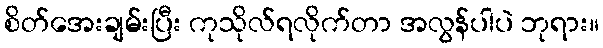
စိတ်အေးချမ်းပြီး ကုသိုလ်ရလိုက်တာ အလွန်ပါပဲ ဘုရား။